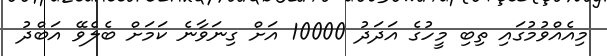
މިއެއްވުމުގައި ތިބި މީހުގެ އަދަދު 10000 އަށް ގިނަވާނެ ކަމަށް ބެލެވޭ އަބްދު